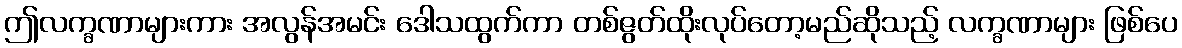
ဤလက္ခဏာများကား အလွန်အမင်း ဒေါသထွက်ကာ တစ်ဇွတ်ထိုးလုပ်တော့မည်ဆိုသည့် လက္ခဏာများ ဖြစ်ပေ